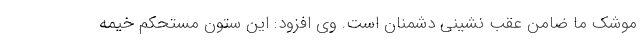
موشک ما ضامن عقب نشینی دشمنان است. وی افزود: این ستون مستحکم خیمه